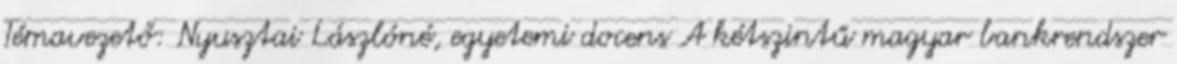
Témavezető: Nyusztai Lászlóné, egyetemi docens A kétszintű magyar bankrendszer